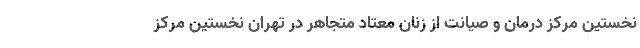
نخستین مرکز درمان و صیانت از زنان معتاد متجاهر در تهران نخستین مرکز